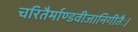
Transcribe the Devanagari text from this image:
चरितैर्माण्डवीजानिगीतैः।